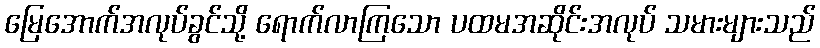
မြေအောက်အလုပ်ခွင်သို့ ရောက်လာကြသော ပထမအဆိုင်းအလုပ် သမားများသည်